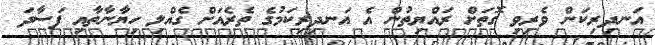
އަނދިރިކަން ވެރިވި ގޮތަށް ރައްޔިތުން އެ އަނދިރިކަމުގެ ތެރެއަށް ގެއްލި ހިޔާނާތާއި ފަސާދަ